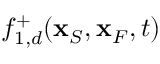
f _ { 1 , d } ^ { + } ( { \bf x } _ { S } , { \bf x } _ { F } , t )